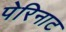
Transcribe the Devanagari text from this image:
पेरिनाट